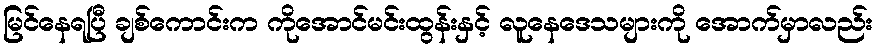
မြင်နေရပြီ ချစ်ကောင်းက ကိုအောင်မင်းထွန်းနှင့် လူနေဒေသများကို အောက်မှာလည်း